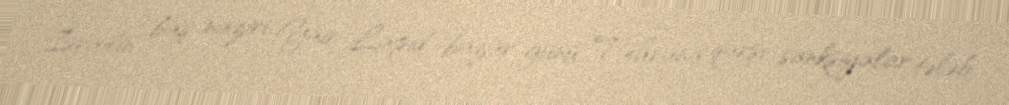
İsrailin baş naziri Yair Lapid bazar günü Tehrana qarşı sanksiyalar tələb